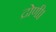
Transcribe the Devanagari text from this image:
द्रोणी।